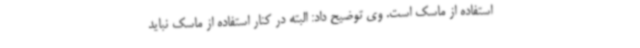
استفاده از ماسک است. وی توضیح داد: البته در کنار استفاده از ماسک نباید